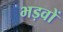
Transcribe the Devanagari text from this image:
भड़वों